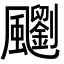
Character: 䬟